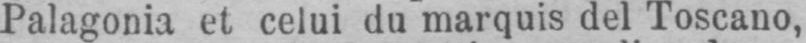
Patagonia et celui du marquis del Toscano,